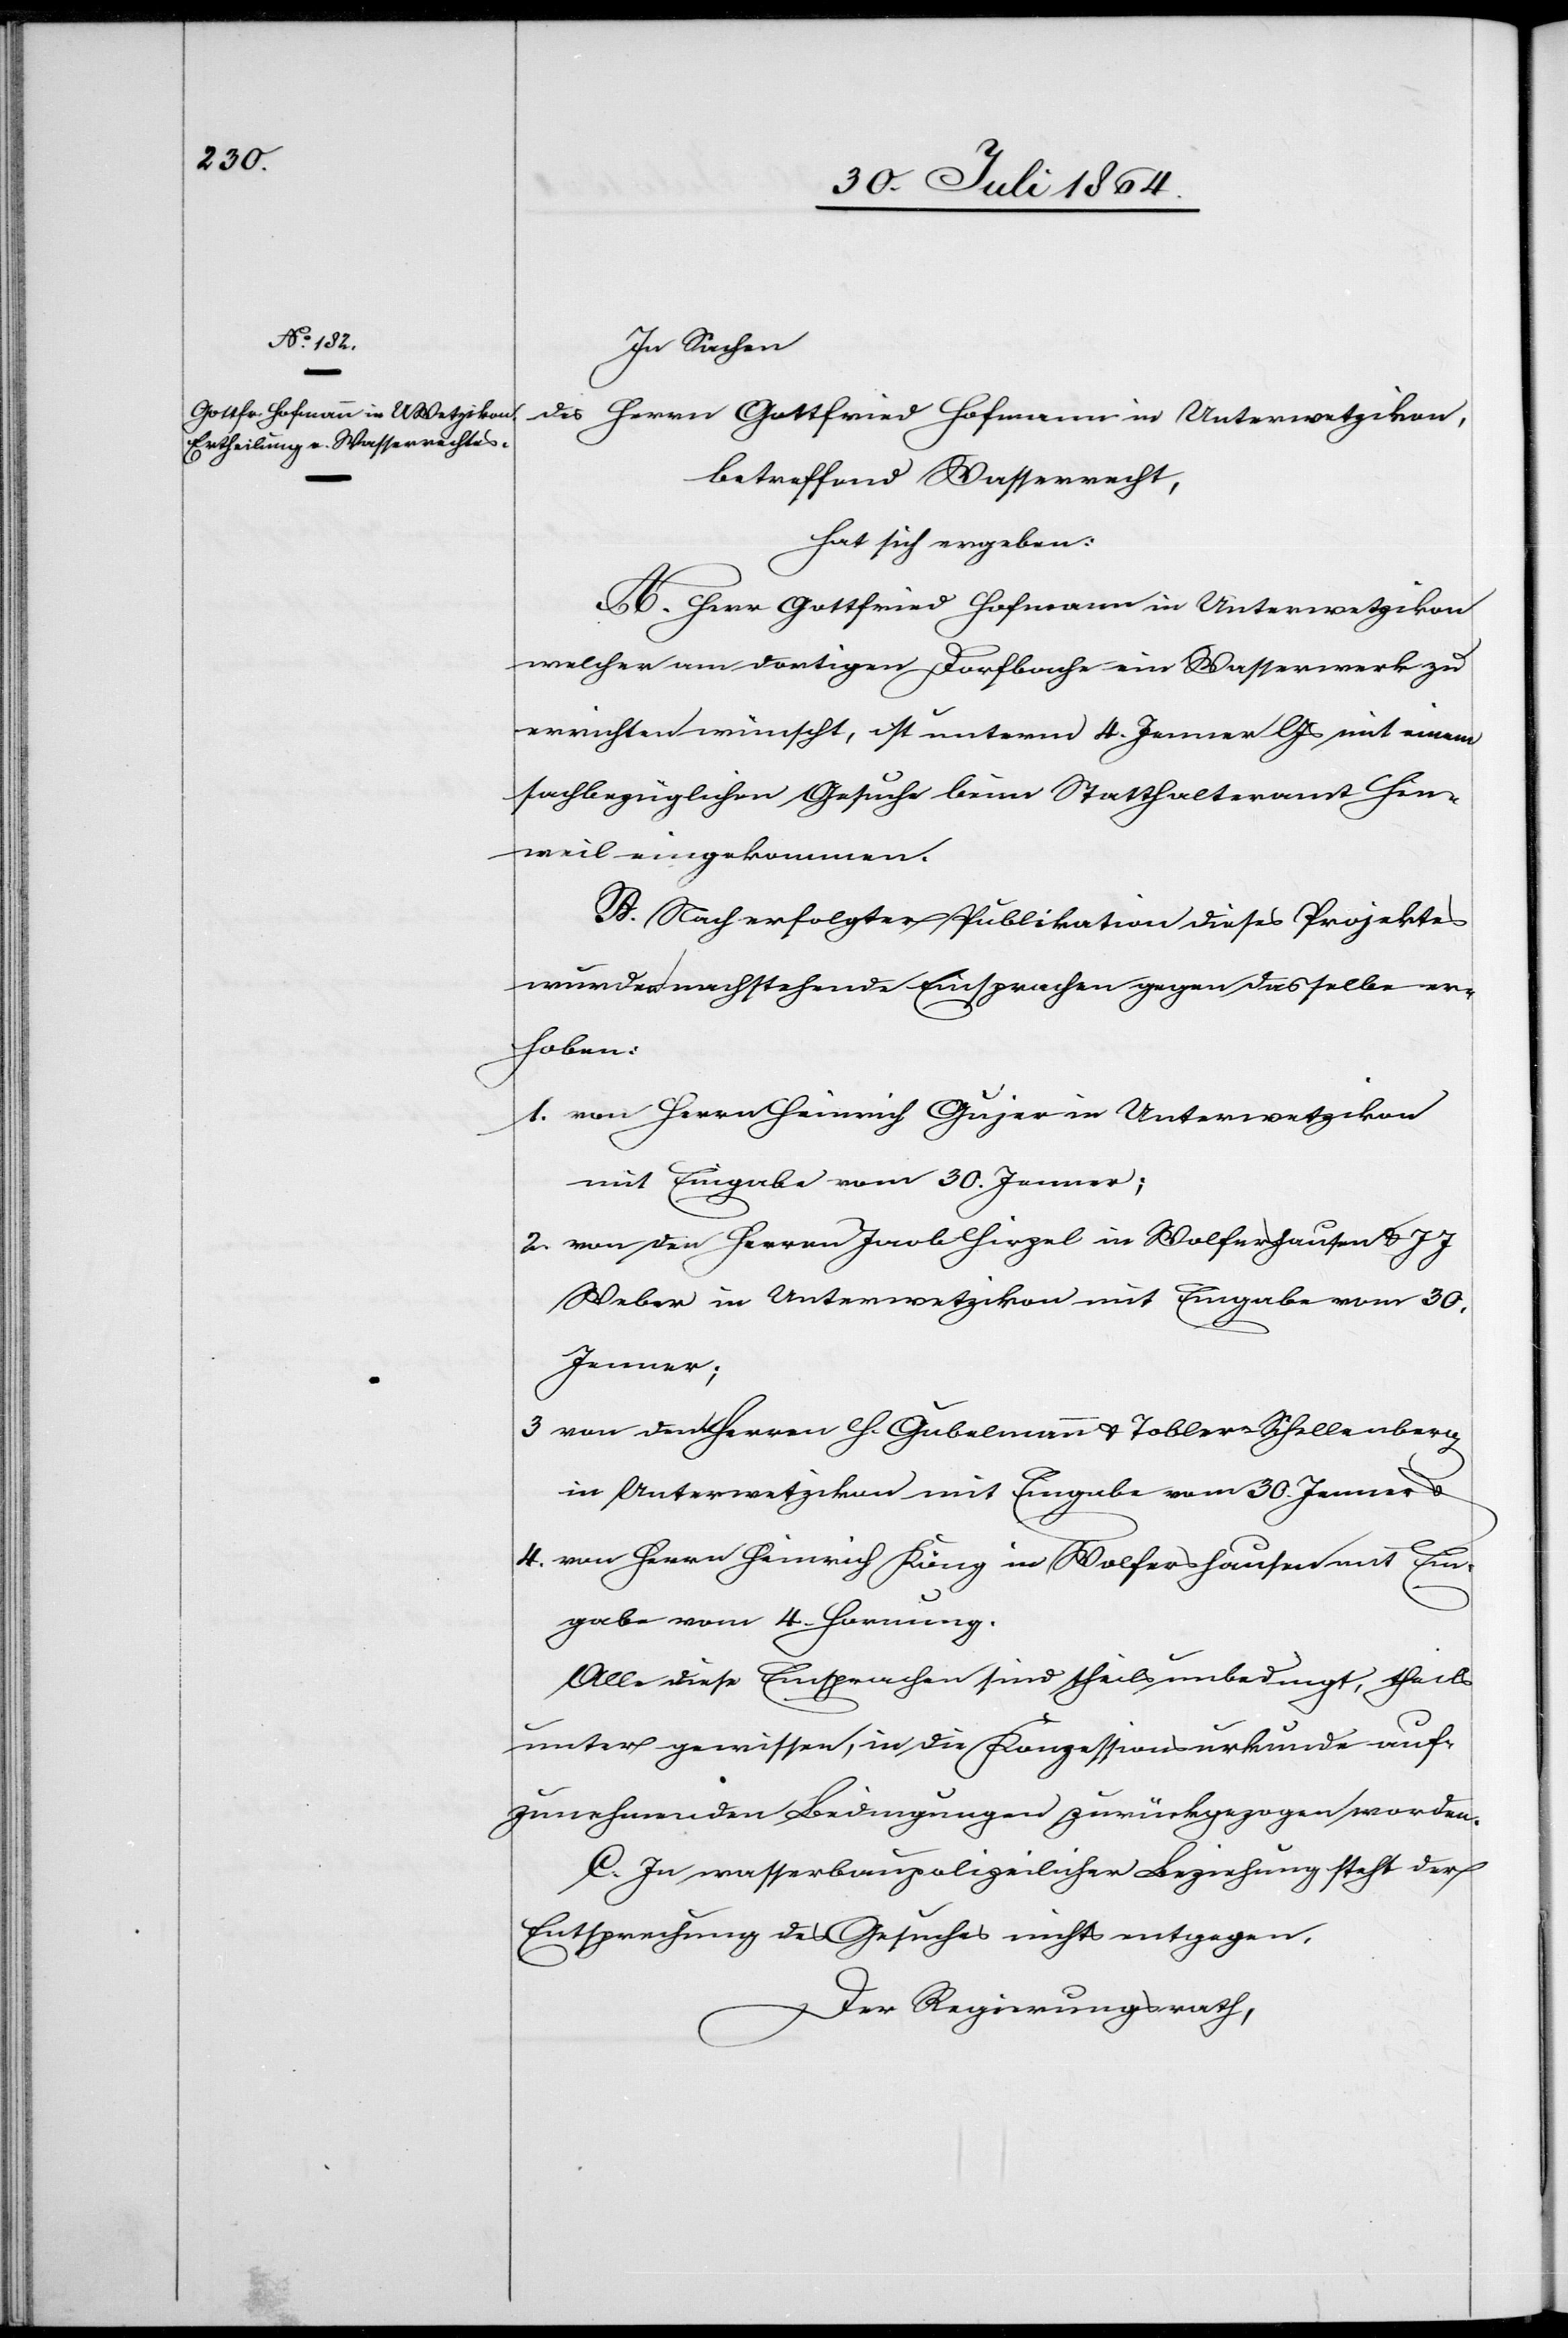
In Sachen
des Herrn Gottfried Hofmann in Unterwetzikon,
betreffend Wasserrecht
hat sich ergeben:
A. Herr Gottfried Hofmann in Unterwetzikon
welcher am dortigen Dorfbache ein Wasserwerk zu
errichten wünscht, ist unterm 4. Jenner l. Js. mit einem
sachbezüglichen Gesuche beim Statthalteramt Hin¬
weil eingekommen.
B. Nach erfolgter Publikation dieses Projektes
wurden nachstehende Einsprachen gegen dasselbe er¬
hoben:
1. 	von Herrn Heinrich Gujer in Unterwetzikon
mit Eingabe vom 30. Jenner;
2. 	von den Herren Jacob Hirzel in Wolfershausen & J. J.
Weber in Unterwetzikon mit Eingabe vom 30.
Jenner;
3. 	von den Herren H. Gubelmann & Tobler-Schellenberg
in Unterwetzikon mit Eingabe vom 30. Jenner &
4. von Herrn Heinrich Küng in Wolfershausen mit Ein¬
gabe vom 4. Hornung.
Alle diese Einsprachen sind theils unbedingt, theils
unter gewissen, in die Konzessionsurkunde auf¬
zunehmenden Bedingungen zurückgezogen worden.
C. In wasserbaupolizeilicher Beziehung steht der
Entsprechung des Gesuches nichts entgegen.
Der Regierungsrath,